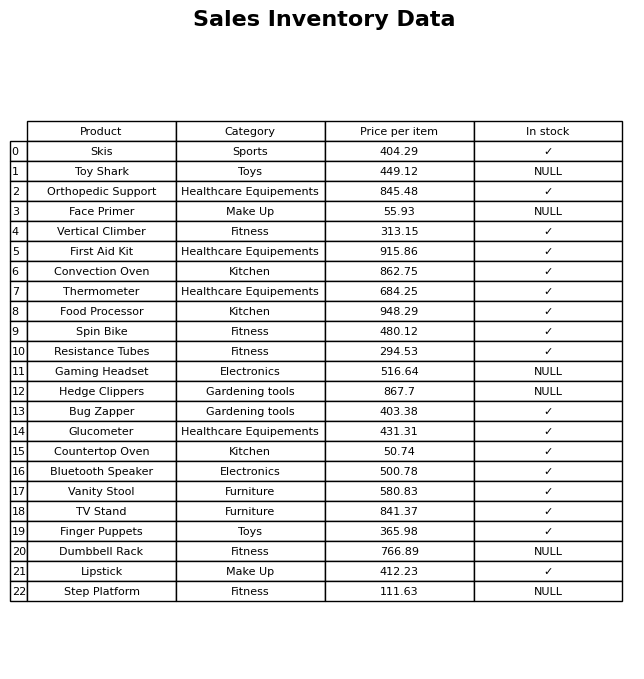
question: What is the price for Skis?
answer: The price of Skis is 404.29.